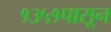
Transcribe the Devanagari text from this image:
१३५१पासून